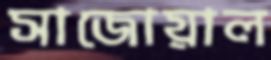
সাজোয়াল